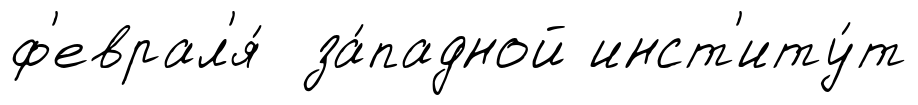
ф'еврал'я́ за́падной инст'иту́т